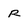
Character: r